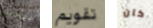
بتأدية تقويم كان